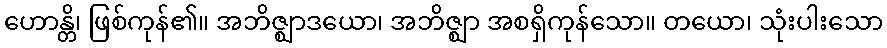
ဟောန္တိ၊ ဖြစ်ကုန်၏။ အဘိဇ္ဈာဒယော၊ အဘိဇ္ဈာ အစရှိကုန်သော။ တယော၊ သုံးပါးသော